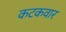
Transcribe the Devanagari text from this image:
कटकवार